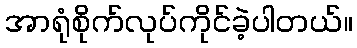
အာရုံစိုက်လုပ်ကိုင်ခဲ့ပါတယ်။